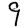
Digit: 9